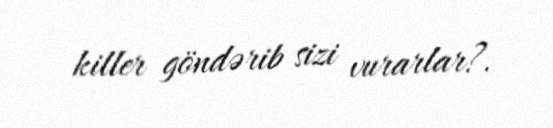
killer göndərib sizi vurarlar?.